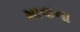
માવાના